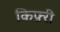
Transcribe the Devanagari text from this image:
किफ़्री